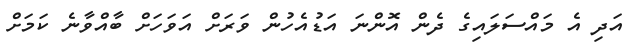
އަދި އެ މައްސަލައިގެ ދެން އޮންނަ އަޑުއެހުން ވަރަށް އަވަހަށް ބާއްވާނެ ކަމަށް